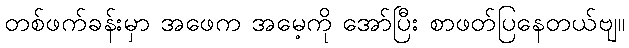
တစ်ဖက်ခန်းမှာ အဖေက အမေ့ကို အော်ပြီး စာဖတ်ပြနေတယ်ဗျ။